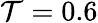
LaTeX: \mathcal{T}=0.6